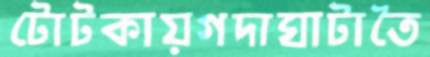
টোটকায়গদাঘাটাতৈ